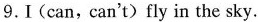
9.I(can,can't)fly in the sky.